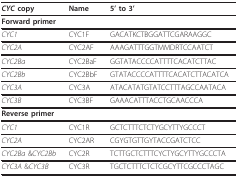
<table><thead><tr><td><b><i>CYC </i>copy</b></td><td><b>Name</b></td><td><b>5&#x27; to 3&#x27;</b></td></tr></thead><tbody><tr><td><b>Forward primer</b></td><td></td><td></td></tr><tr><td><i>CYC1</i></td><td>CYC1F</td><td>GACATKCTBGGATTCGARAAGGC</td></tr><tr><td><i>CYC2A</i></td><td>CYC2AF</td><td>AAAGATTTGGTMMDRTCCAATCT</td></tr><tr><td><i>CYC2Ba</i></td><td>CYC2BaF</td><td>GGTATACCCCATTTTCACATCTTAC</td></tr><tr><td><i>CYC2Bb</i></td><td>CYC2BbF</td><td>GTATACCCCATTTTCACATCTTACATCA</td></tr><tr><td><i>CYC3A</i></td><td>CYC3A</td><td>ATACATATGTATCCTTTAGCCAATACA</td></tr><tr><td><i>CYC3B</i></td><td>CYC3BF</td><td>GAAACATTTACCTGCAACCCA</td></tr><tr><td><b>Reverse primer</b></td><td></td><td></td></tr><tr><td><i>CYC1</i></td><td>CYC1R</td><td>GCTCTTTCTCTYGCYTTYGCCCT</td></tr><tr><td><i>CYC2A</i></td><td>CYC2AR</td><td>CGYGTGTTGYTACCGATCTCC</td></tr><tr><td><i>CYC2Ba </i>&amp;<i>CYC2Bb</i></td><td>CYC2R</td><td>TCTTGCTCTTTCYCTYGCYTTYGCCCTA</td></tr><tr><td><i>CYC3A </i>&amp;<i>CYC3B</i></td><td>CYC3R</td><td>TGCTCTTTCTCTCGCYTTCGCCCTAGC</td></tr></tbody></table>